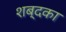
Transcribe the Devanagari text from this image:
शब्दका